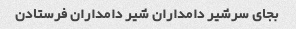
بجای سرشیر دامداران شیر دامداران فرستادن